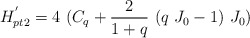
\begin{align*}H_{pt2}^{^{\prime }}=4\ (C_{q}+\frac{2}{1+q}\ (q\ J_{0}-1)\ J_{0})\end{align*}